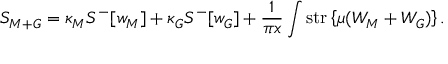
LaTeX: S _ { M + G } = \kappa _ { M } { \cal S } ^ { - } [ w _ { M } ] + \kappa _ { G } { \cal S } ^ { - } [ w _ { G } ] + \frac { 1 } { \pi x } \int \mathrm { s t r } \left\{ \mu ( W _ { M } + W _ { G } ) \right\} .